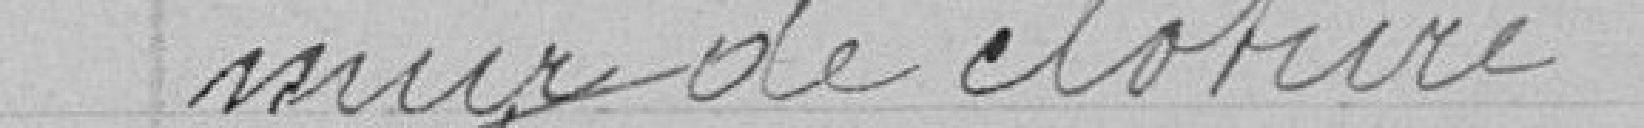
mur de clôture